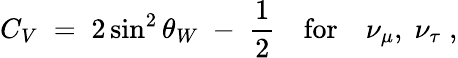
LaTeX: {C_{V}\; =\; 2\sin^{2}\theta_{W}\; -\; {\frac{1}{2}}\quad\mathrm{for}\quad\nu_{\mu},\; \nu_{\tau}\; ,}